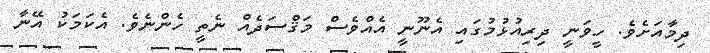
ދިމާއަށެވެ. ހީވަނީ ދިރިއުޅުމުގައި އެނޫނީ އެއްވެސް މަޤްސަދެއް ނެތީ ހެންނެވެ. އެކަމަކު އޭނާ